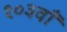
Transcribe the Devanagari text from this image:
१०३वाँ